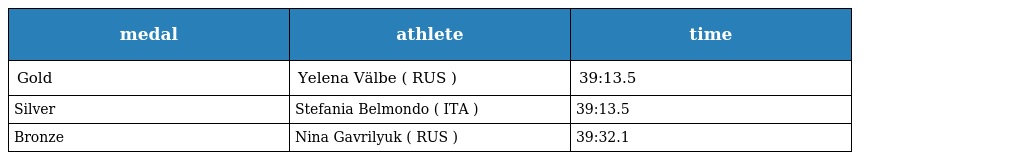
| medal | athlete | time |
 | --- | --- | --- |
 | Gold | Yelena Välbe ( RUS ) | 39:13.5 |
 | Silver | Stefania Belmondo ( ITA ) | 39:13.5 |
 | Bronze | Nina Gavrilyuk ( RUS ) | 39:32.1 |